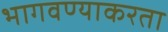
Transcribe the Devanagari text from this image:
भागवण्याकरता